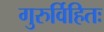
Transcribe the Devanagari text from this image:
गुरुर्विहितः